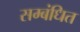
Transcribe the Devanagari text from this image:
सम्‍बंधित